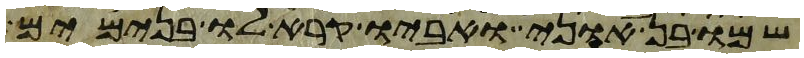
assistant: שמו בן אוני ואביו קרא לו בנימים